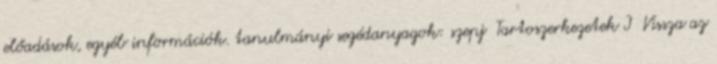
előadások, egyéb információk. tanulmányi segédanyagok: szepj Tartoszerkezetek I Vissza az